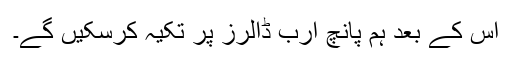
اس کے بعد ہم پانچ ارب ڈالرز پر تکیہ کرسکیں گے۔